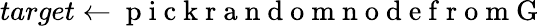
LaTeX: target\gets\mathrm{~p~i~c~k~r~a~n~d~o~m~n~o~d~e~f~r~o~m~G~}